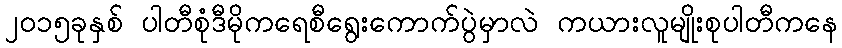
၂၀၁၅ခုနှစ် ပါတီစုံဒီမိုကရေစီရွေးကောက်ပွဲမှာလဲ ကယားလူမျိုးစုပါတီကနေ